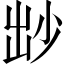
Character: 𡭱